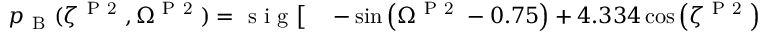
\begin{array} { r l } { p _ { \mathrm { ~ B ~ } } ( \zeta ^ { \mathrm { ~ P ~ 2 ~ } } , \Omega ^ { \mathrm { ~ P ~ 2 ~ } } ) = \mathrm { ~ s ~ i ~ g ~ } \bigl [ } & { { } - \sin { \left( \Omega ^ { \mathrm { ~ P ~ 2 ~ } } - 0 . 7 5 \right) } + 4 . 3 3 4 \cos { \left( \zeta ^ { \mathrm { ~ P ~ 2 ~ } } \right) } } \end{array}